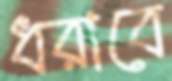
ধরাবে